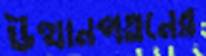
উত্থানপতনের